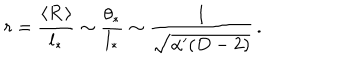
LaTeX: r = \frac { \langle R \, \rangle } { l _ { * } } \sim \frac { \theta _ { * } } { l _ { * } } \sim \frac { 1 } { \sqrt { \alpha ^ { \prime } ( D - 2 ) } } \, .